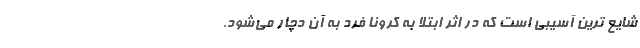
شایع ترین آسیبی است که در اثر ابتلا به کرونا فرد به آن دچار می‌شود.